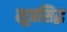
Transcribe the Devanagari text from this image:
सूप्रसिद्ध